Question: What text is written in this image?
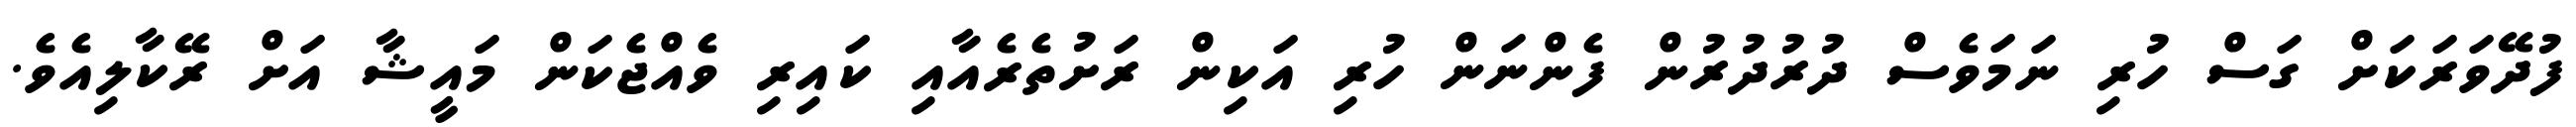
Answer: ފުދޭވަރަކަށް ގަސް ހުރި ނަމަވެސް ދުރުދުރުން ފެންނަން ހުރި އަކިން ރަށުތެރެއާއި ކައިރި ވެއްޖެކަން މައީޝާ އަށް ރޭކާލިއެވެ.